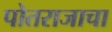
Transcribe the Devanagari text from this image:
पोतराजाचा